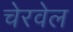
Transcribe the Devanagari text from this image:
चेरवेल